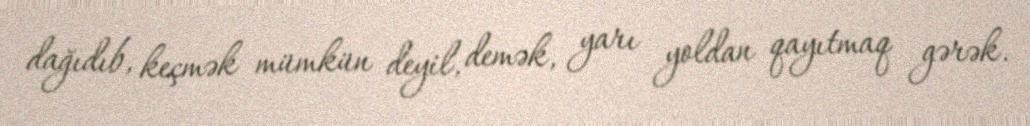
dağıdıb, keçmək mümkün deyil, demək, yarı yoldan qayıtmaq gərək.